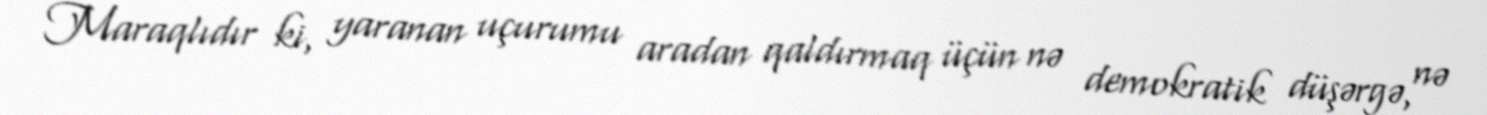
Maraqlıdır ki, yaranan uçurumu aradan qaldırmaq üçün nə demokratik düşərgə, nə